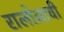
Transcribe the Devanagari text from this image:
रालोआची